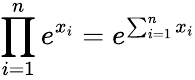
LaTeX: \prod_{i=1}^{n}e^{x_{i}}=e^{\sum_{i=1}^{n}x_{i}}